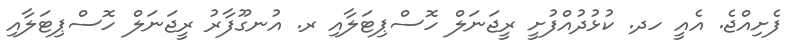
ފެށިއްޖެ. އެއީ ހދ. ކުޅުދުއްފުށީ ރީޖަނަލް ހޮސްޕިޓަލާއި ރ. އުނގޫފާރު ރީޖަނަލް ހޮސްޕިޓަލާއި